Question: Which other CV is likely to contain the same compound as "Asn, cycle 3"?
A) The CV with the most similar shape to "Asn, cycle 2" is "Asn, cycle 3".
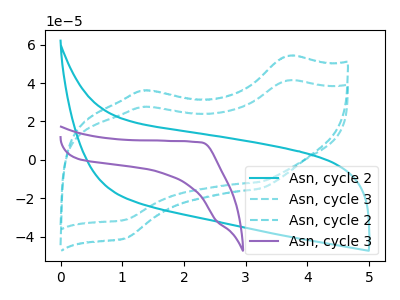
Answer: <think>The cyan curve "Asn, cycle 2" has no peaks. The cyan dashed curve "Asn, cycle 3" has anodic peaks at (3.70V, 41.35uA) (1.35V, 27.60uA) and cathodic peaks at (3.20V, -11.55uA) (1.05V, -31.15uA). The cyan dashed curve "Asn, cycle 2" has anodic peaks at (3.70V, 54.10uA) (1.35V, 36.10uA) and cathodic peaks at (3.20V, -15.10uA) (1.05V, -40.80uA). The purple curve "Asn, cycle 3" has no peaks.
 "Asn, cycle 2" and "Asn, cycle 3" have a different number of peaks. "Asn, cycle 2" and "Asn, cycle 2" have a different number of peaks. Neither "Asn, cycle 2" or "Asn, cycle 3" have any peaks. All the peaks in "Asn, cycle 3" have a peak in "Asn, cycle 2" at the same potential. Every peak in "Asn, cycle 3" is lower than every peak in "Asn, cycle 2". "Asn, cycle 3" and "Asn, cycle 3" have a different number of peaks. "Asn, cycle 2" and "Asn, cycle 3" have a different number of peaks.</think>
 <answer>A) The CV with the most similar shape to "Asn, cycle 2" is "Asn, cycle 3".</answer>
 <eval>A</eval>